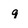
Character: q